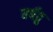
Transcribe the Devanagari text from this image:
वर्षतु